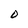
Character: O